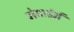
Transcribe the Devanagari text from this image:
मेसार्डर्म